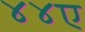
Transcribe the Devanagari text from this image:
४४ए